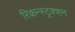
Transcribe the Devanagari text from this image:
रिकन्स्ट्रक्शन